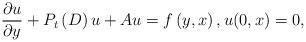
LaTeX: \begin{align*}\frac{\partial u}{\partial y}+P_{t}\left( D\right) u+Au=f\left( y,x\right) ,u(0,x)=0, \end{align*}